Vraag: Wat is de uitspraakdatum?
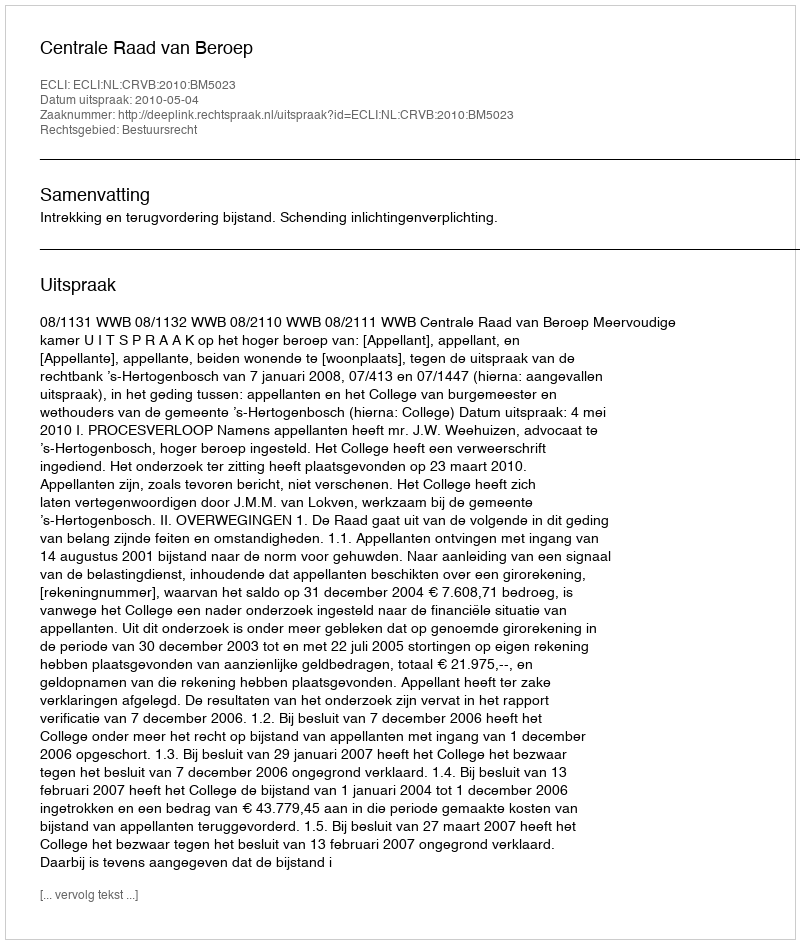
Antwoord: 2010-05-04